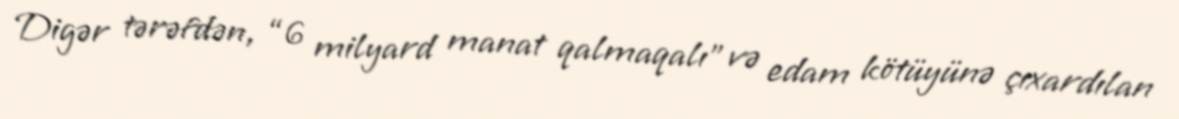
Digər tərəfdən, “6 milyard manat qalmaqalı” və edam kötüyünə çıxardılan